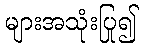
များအသုံးပြု၍